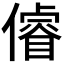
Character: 𠏻